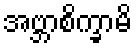
အဗ္ဘာစိက္ခာမိ